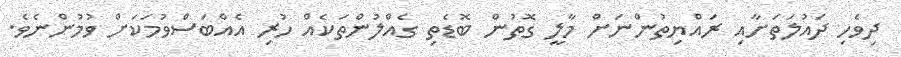
ދިވެހި ދައުލަތަށާއި ރައްޔިތުންނަށް މާލީ ގޮތުން ބޮޑެތި ގެއްލުންތަކެއް ހުރި އެއްބަސްވުމަކަށް ވުމުންނެވެ.